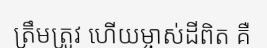
ត្រឹមត្រូវ ហើយម្ចាស់ដីពិត គឺ